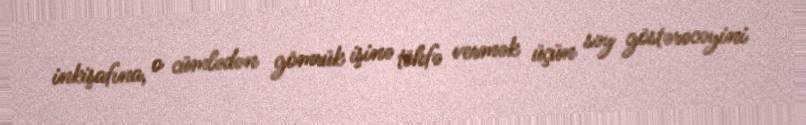
inkişafına, o cümlədən gömrük işinə töhfə vermək üçün səy göstərəcəyini